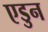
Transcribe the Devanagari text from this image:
एडुन